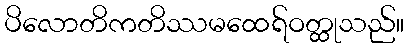
ပိလောတိကတိဿမထေရ်ဝတ္ထုသည်။